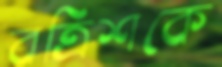
বত্রিশকে